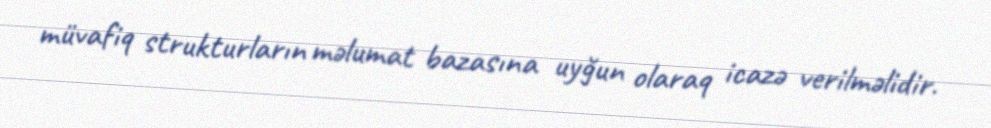
müvafiq strukturların məlumat bazasına uyğun olaraq icazə verilməlidir.